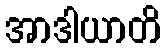
အာဒါယာတိ